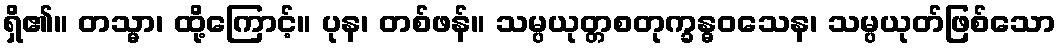
ရှိ၏။ တသ္မာ၊ ထို့ကြောင့်။ ပုန၊ တစ်ဖန်။ သမ္ပယုတ္တစတုက္ခန္ဓဝသေန၊ သမ္ပယုတ်ဖြစ်သော